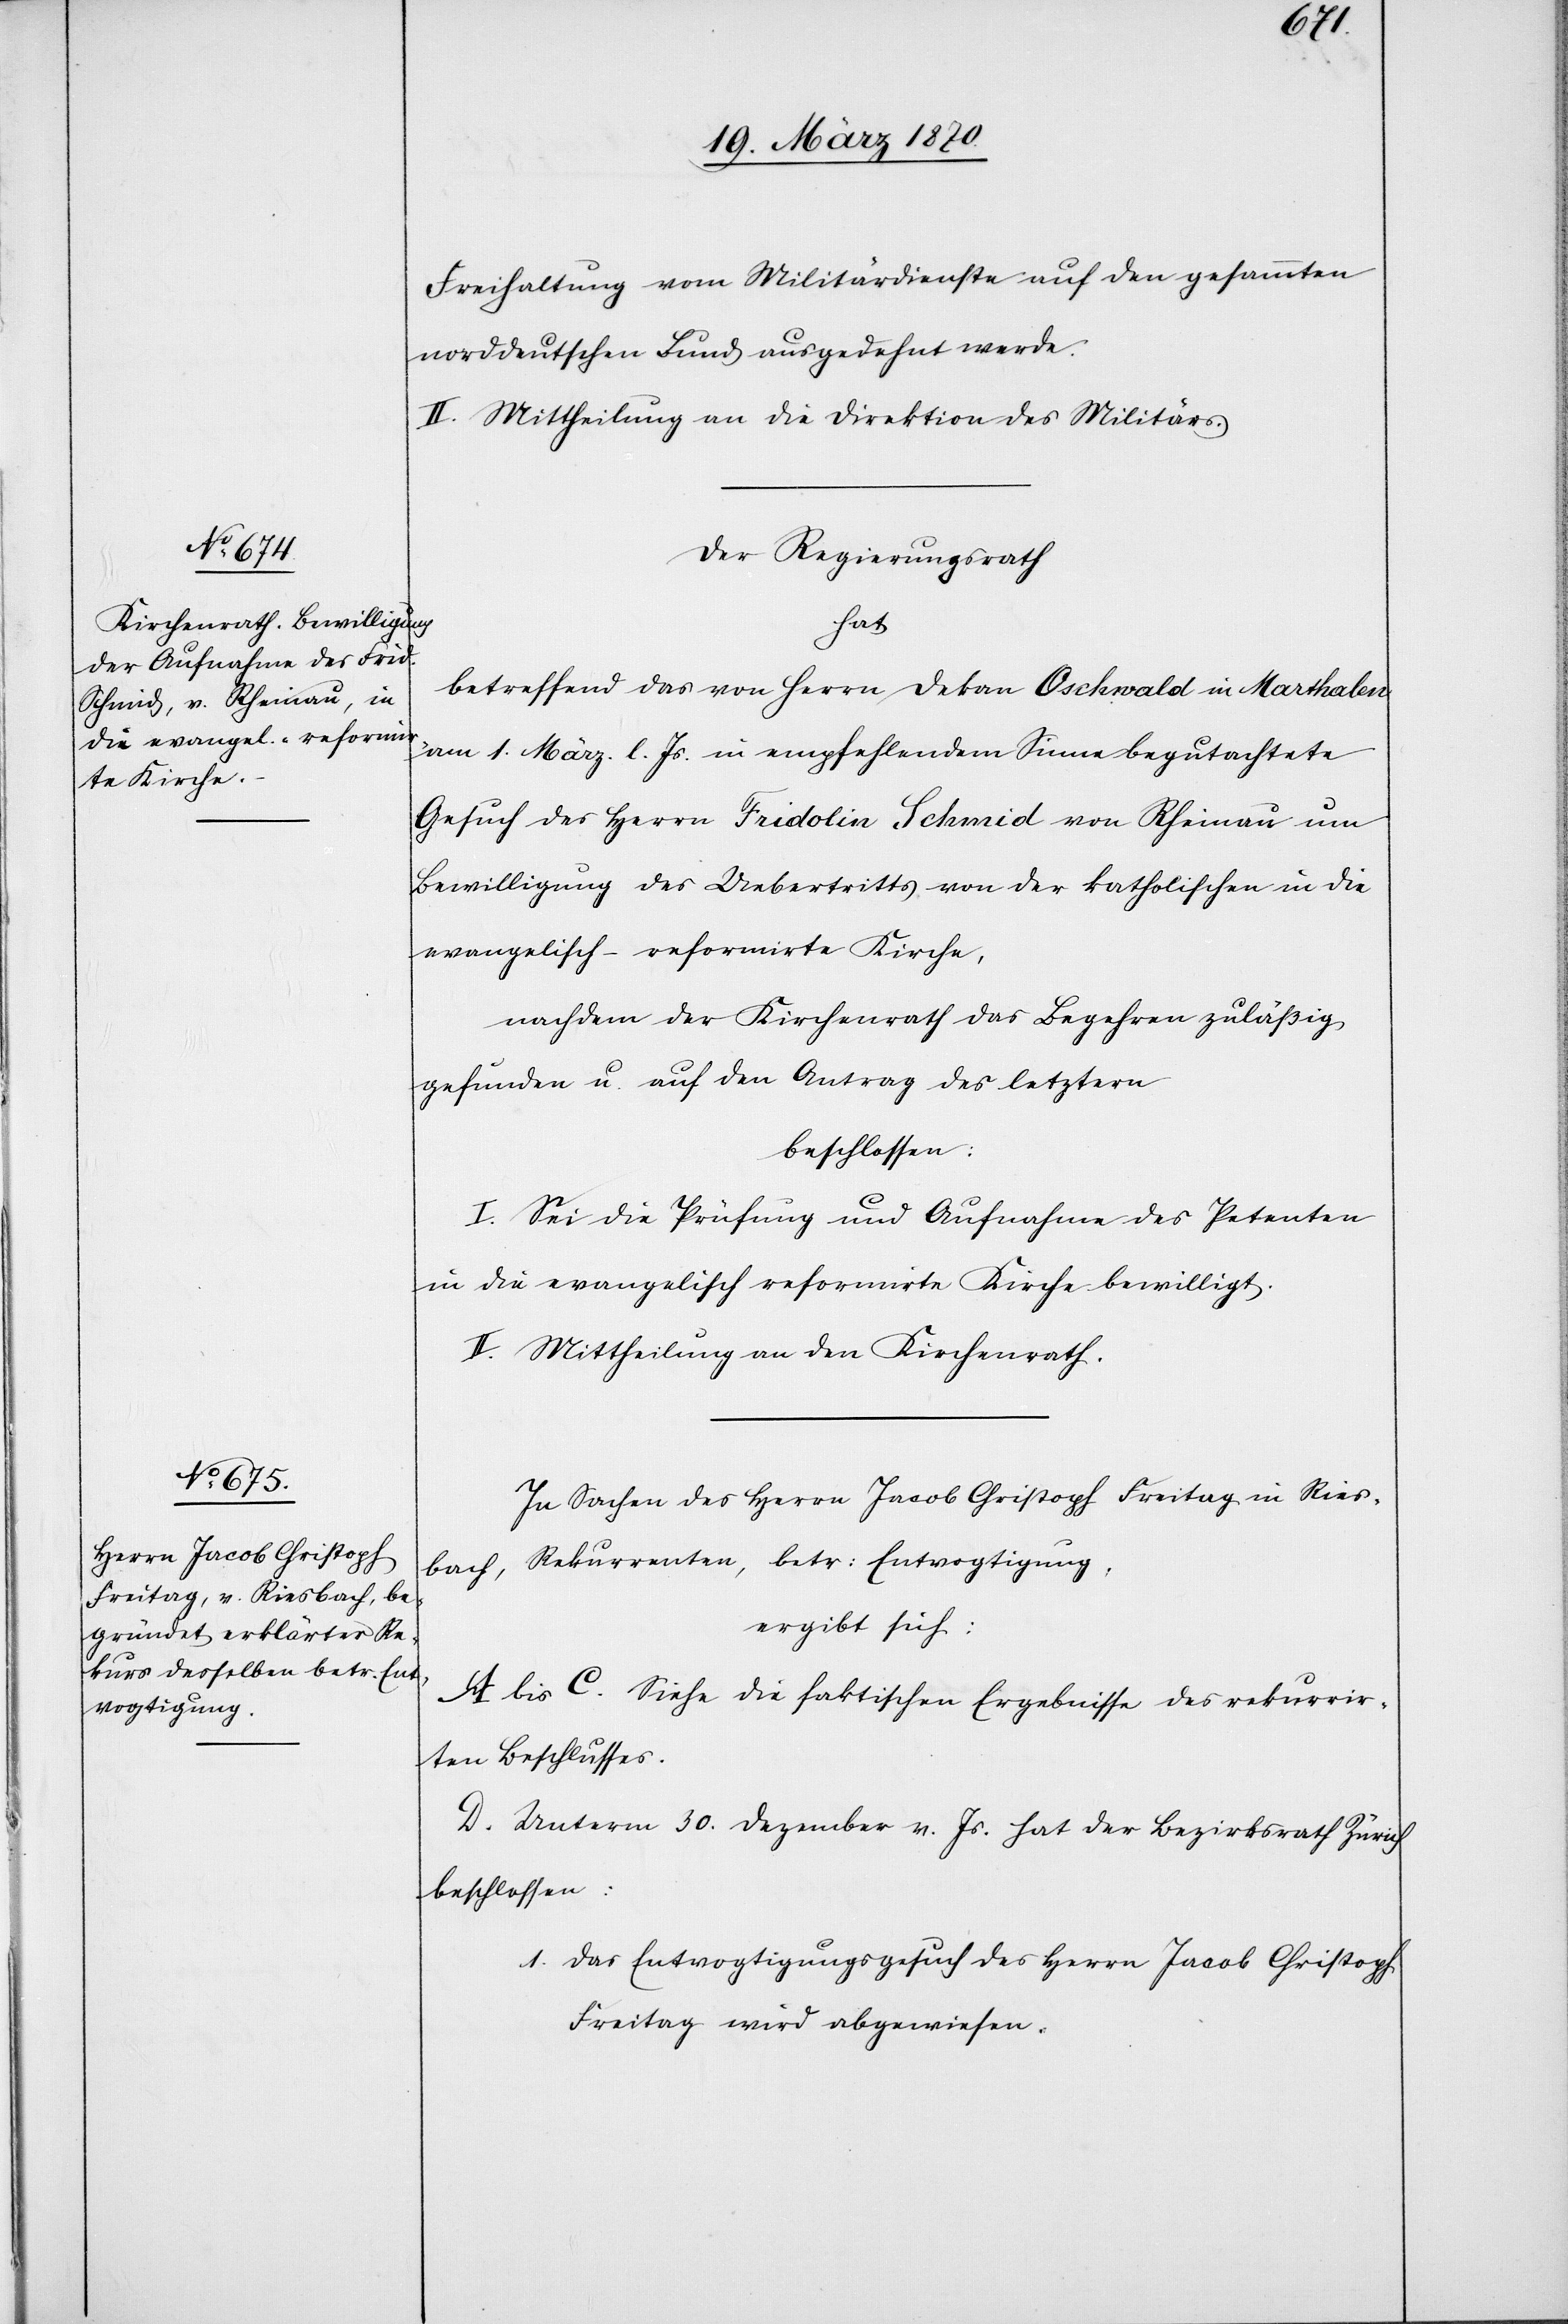
Freihaltung vom Militärdienste auf den gesammten
norddeutschen Bund ausgedehnt werde.
II. Mittheilung an die Direktion des Militärs.
Der Regierungsrath
hat
betreffend das von Herrn Dekan Oschwald in Marthalen
am 1. März. l. Js. in empfehlendem Sinne begutachtete
Gesuch des Herrn Fridolin Schmid von Rheinau um
Bewilligung des Uebertritts von der katholischen in die
evangelisch-reformirte Kirche,
nachdem der Kantonsrath das Begehren zuläßig
gefunden u. auf den Antrag des letztern
beschlossen:
I. Sei die Prüfung und Aufnahme des Petenten
in die evangelisch reformirte Kirche bewilligt.
II. Mittheilung an den Kirchenrath.
In Sachen des Herrn Jacob Christoph Freitag in Ries¬
bach, Rekurrenten, betr: Entvogtigung,
ergibt sich:
A bis C. Siehe die faktischen Ergebnisse des rekurrir¬
ten Beschlusses.
D. Unterm 30. Dezember v. Js. hat der Bezirksrath Zürich
beschlossen:
1. Das Entvogtigungsgesuch des Herrn Jacob Christoph
Freitag wird abgewiesen.